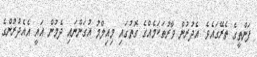
ފަންތީގެ ތެރޭގައެވެ. އެދުރުން ވާރުތަކަމެއްގެ ގޮތުގައި މިއިލްމު އުގަންނައި ދެމުން އައީ އެއެދުރުންގެ